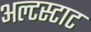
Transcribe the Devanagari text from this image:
अल्टस्टाट